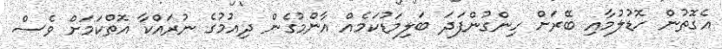
އެގޮތުން ހޮޑުލުމާއި ބޭރަށް ހިންގުންފަދަ ބަލިމަޑުކަމެއް އާންމުގެން ދިއުމުގެ ނުރައްކާ އޮތްކަމަށް ވެސް